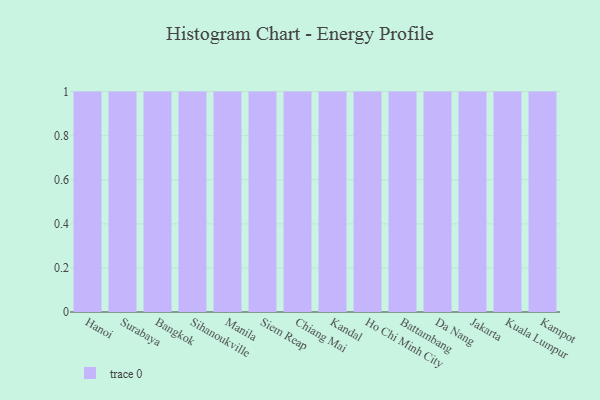
{"axis": {"x": "City", "y": "Temperature (°C)"}, "legend": [""], "data": [{"x": "Hanoi", "y": 59, "type": ""}, {"x": "Surabaya", "y": 32, "type": ""}, {"x": "Bangkok", "y": 58, "type": ""}, {"x": "Sihanoukville", "y": 96, "type": ""}, {"x": "Manila", "y": 53, "type": ""}, {"x": "Siem Reap", "y": 11, "type": ""}, {"x": "Chiang Mai", "y": 83, "type": ""}, {"x": "Kandal", "y": 46, "type": ""}, {"x": "Ho Chi Minh City", "y": 54, "type": ""}, {"x": "Battambang", "y": 56, "type": ""}, {"x": "Da Nang", "y": 79, "type": ""}, {"x": "Jakarta", "y": 68, "type": ""}, {"x": "Kuala Lumpur", "y": 20, "type": ""}, {"x": "Kampot", "y": 45, "type": ""}]}